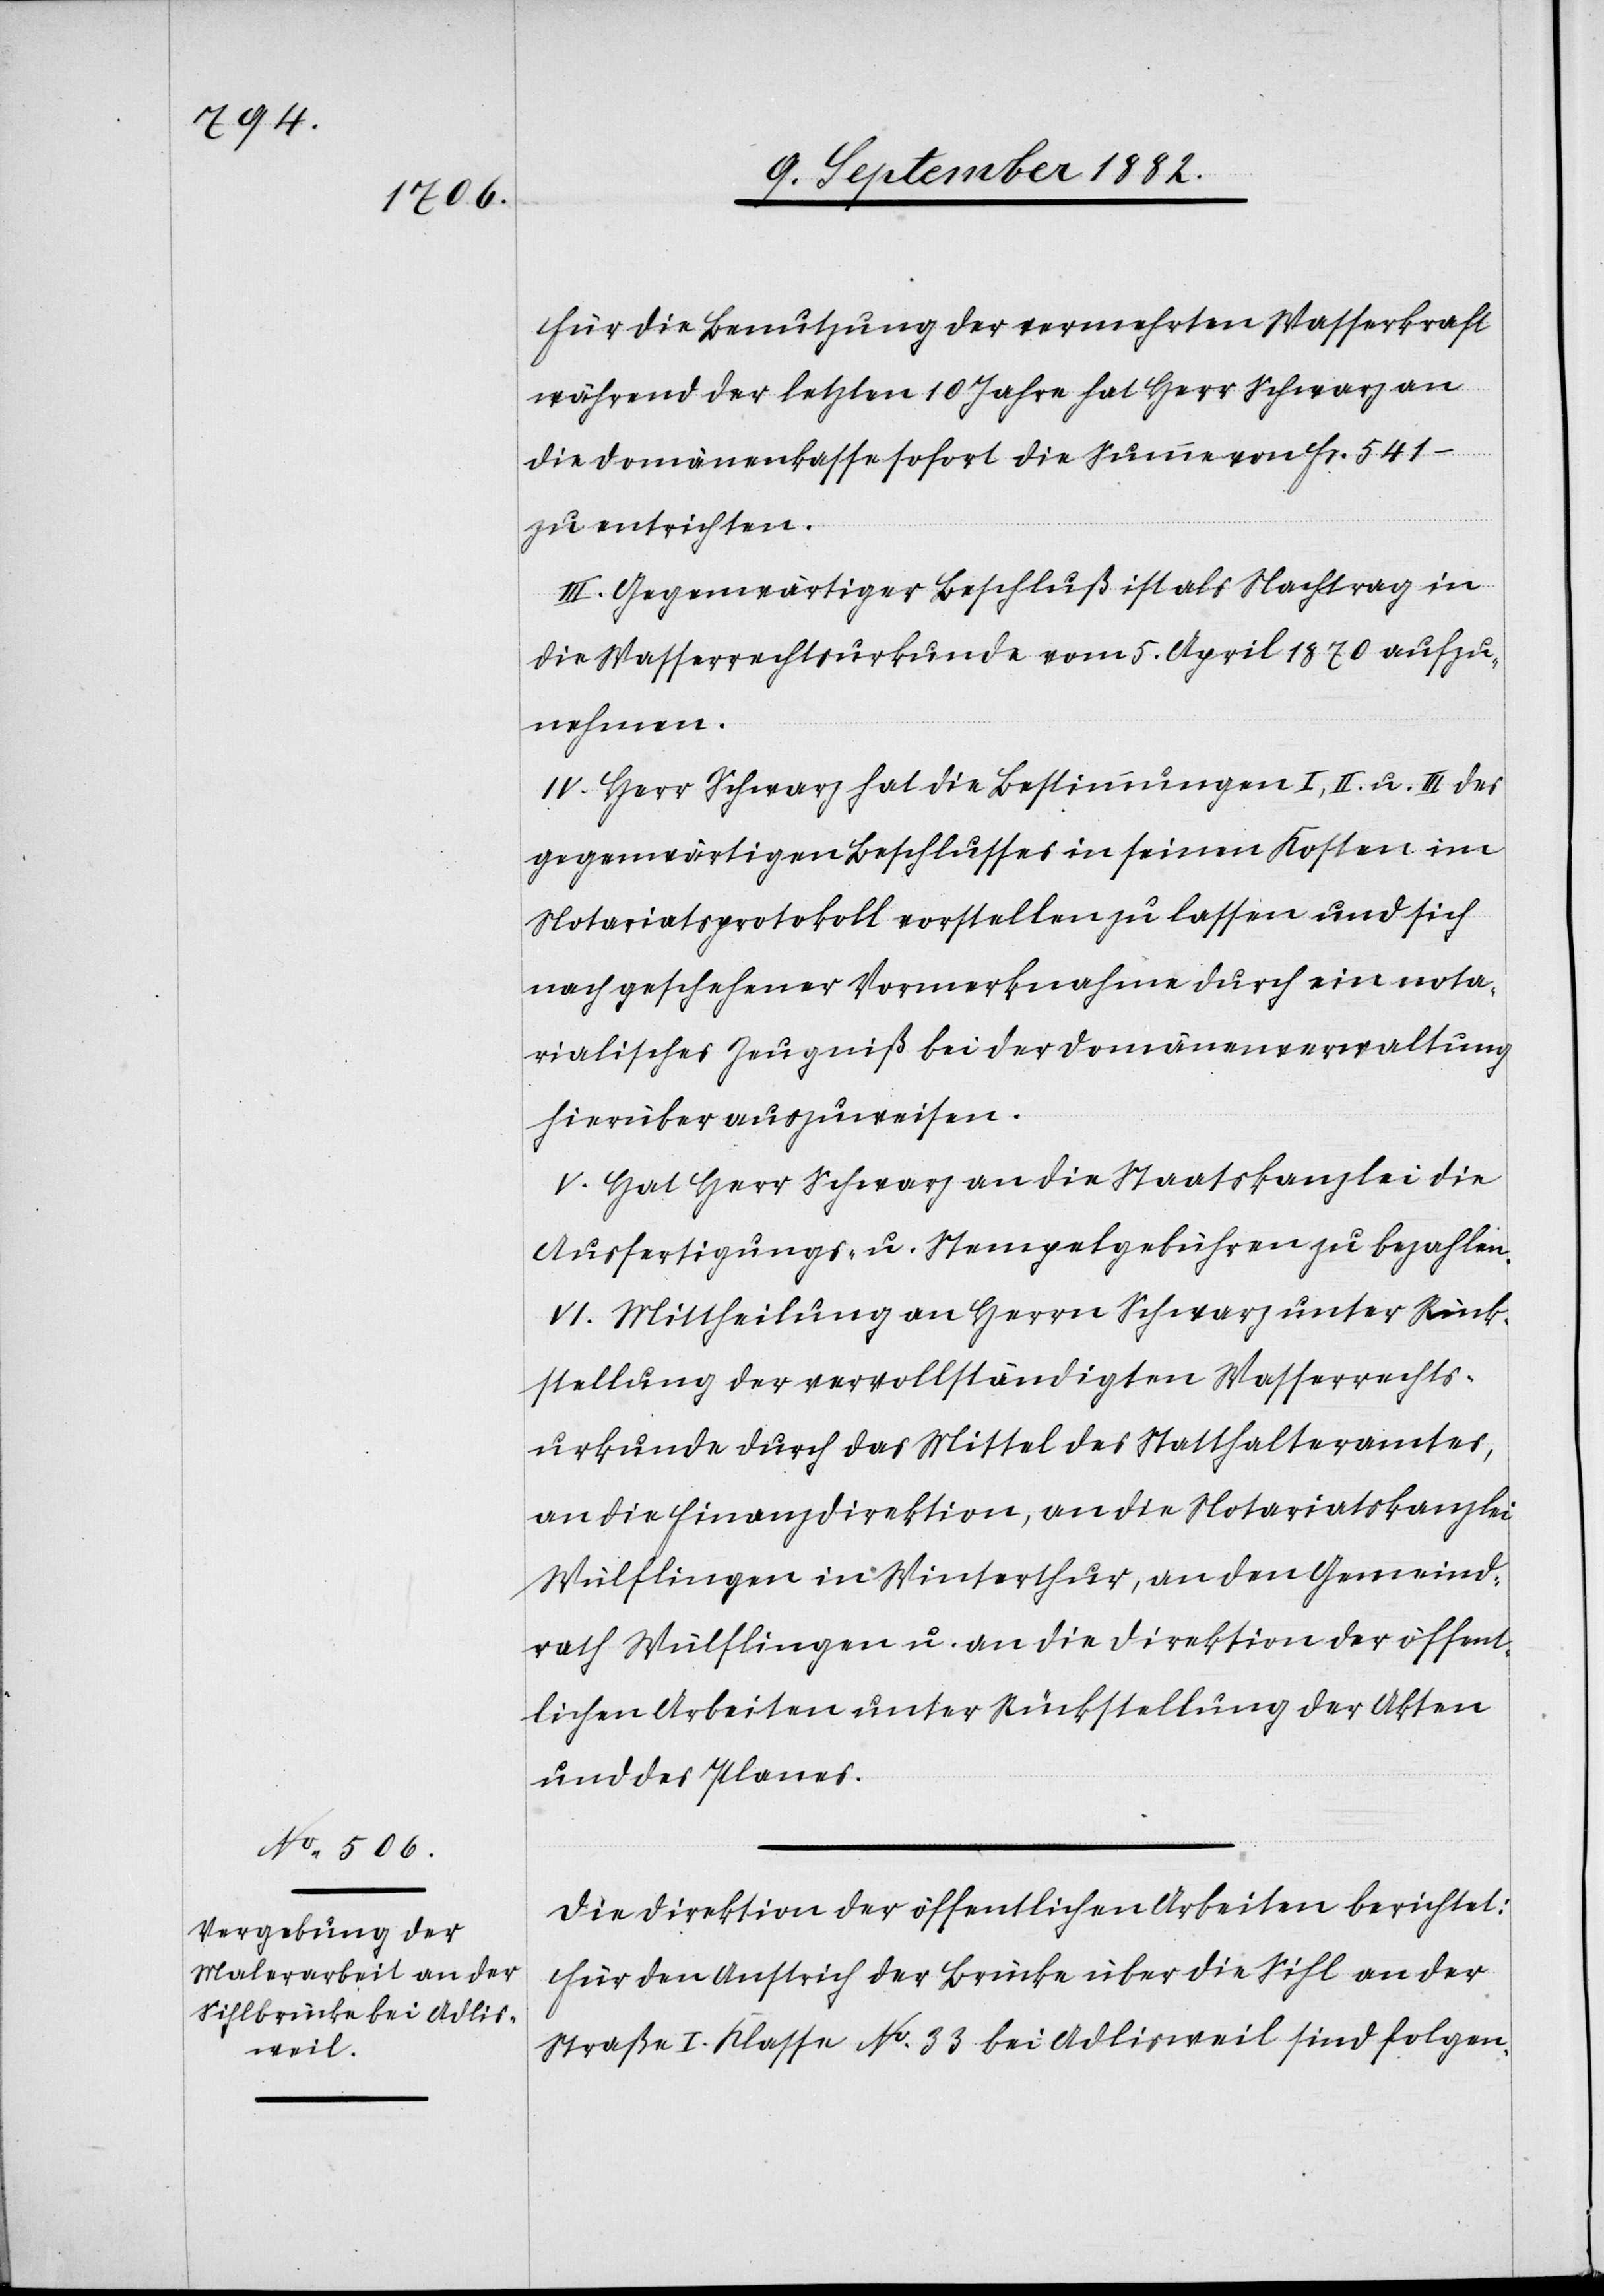
Für die Benutzung der vermehrten Wasserkraft
während der letzten 10 Jahre hat Herr Schwarz an
die Domänenkasse sofort die Summe von Fr. 541.–
zu entrichten.
III. Gegenwärtiger Beschluß ist als Nachtrag in
die Wasserrechtsurkunde vom 5. April 1870 aufzu¬
nehmen.
IV. Herr Schwarz hat die Bestimmungen I, II u. III des
gegenwärtigen Beschlusses in seinen Kosten im
Notariatsprotokoll vorstellen zu lassen und sich
nach geschehener Vormerknahme durch ein nota¬
rialisches Zeugniß bei der Domänenverwaltung
hierüber auszuweisen.
V. Hat Herr Schwarz an die Staatskanzlei die
Ausfertigungs- u. Stempelgebühren zu bezahlen.
VI. Mittheilung an Herrn Schwarz unter Rück¬
stellung der vervollständigten Wasserrechts¬
urkunde durch das Mittel des Statthalteramtes,
an die Finanzdirektion, an die Notariatskanzlei
Wülflingen in Winterthur, an den Gemeind¬
rath Wülflingen u. an die Direktion der öffent¬
lichen Arbeiten unter Rückstellung der Akten
und des Planes.
Die Direktion der öffentlichen Arbeiten berichtet:
Für den Anstrich der Brücke über die Sihl an der
Straße I. Klasse No 33 bei Adlisweil sind folgen-